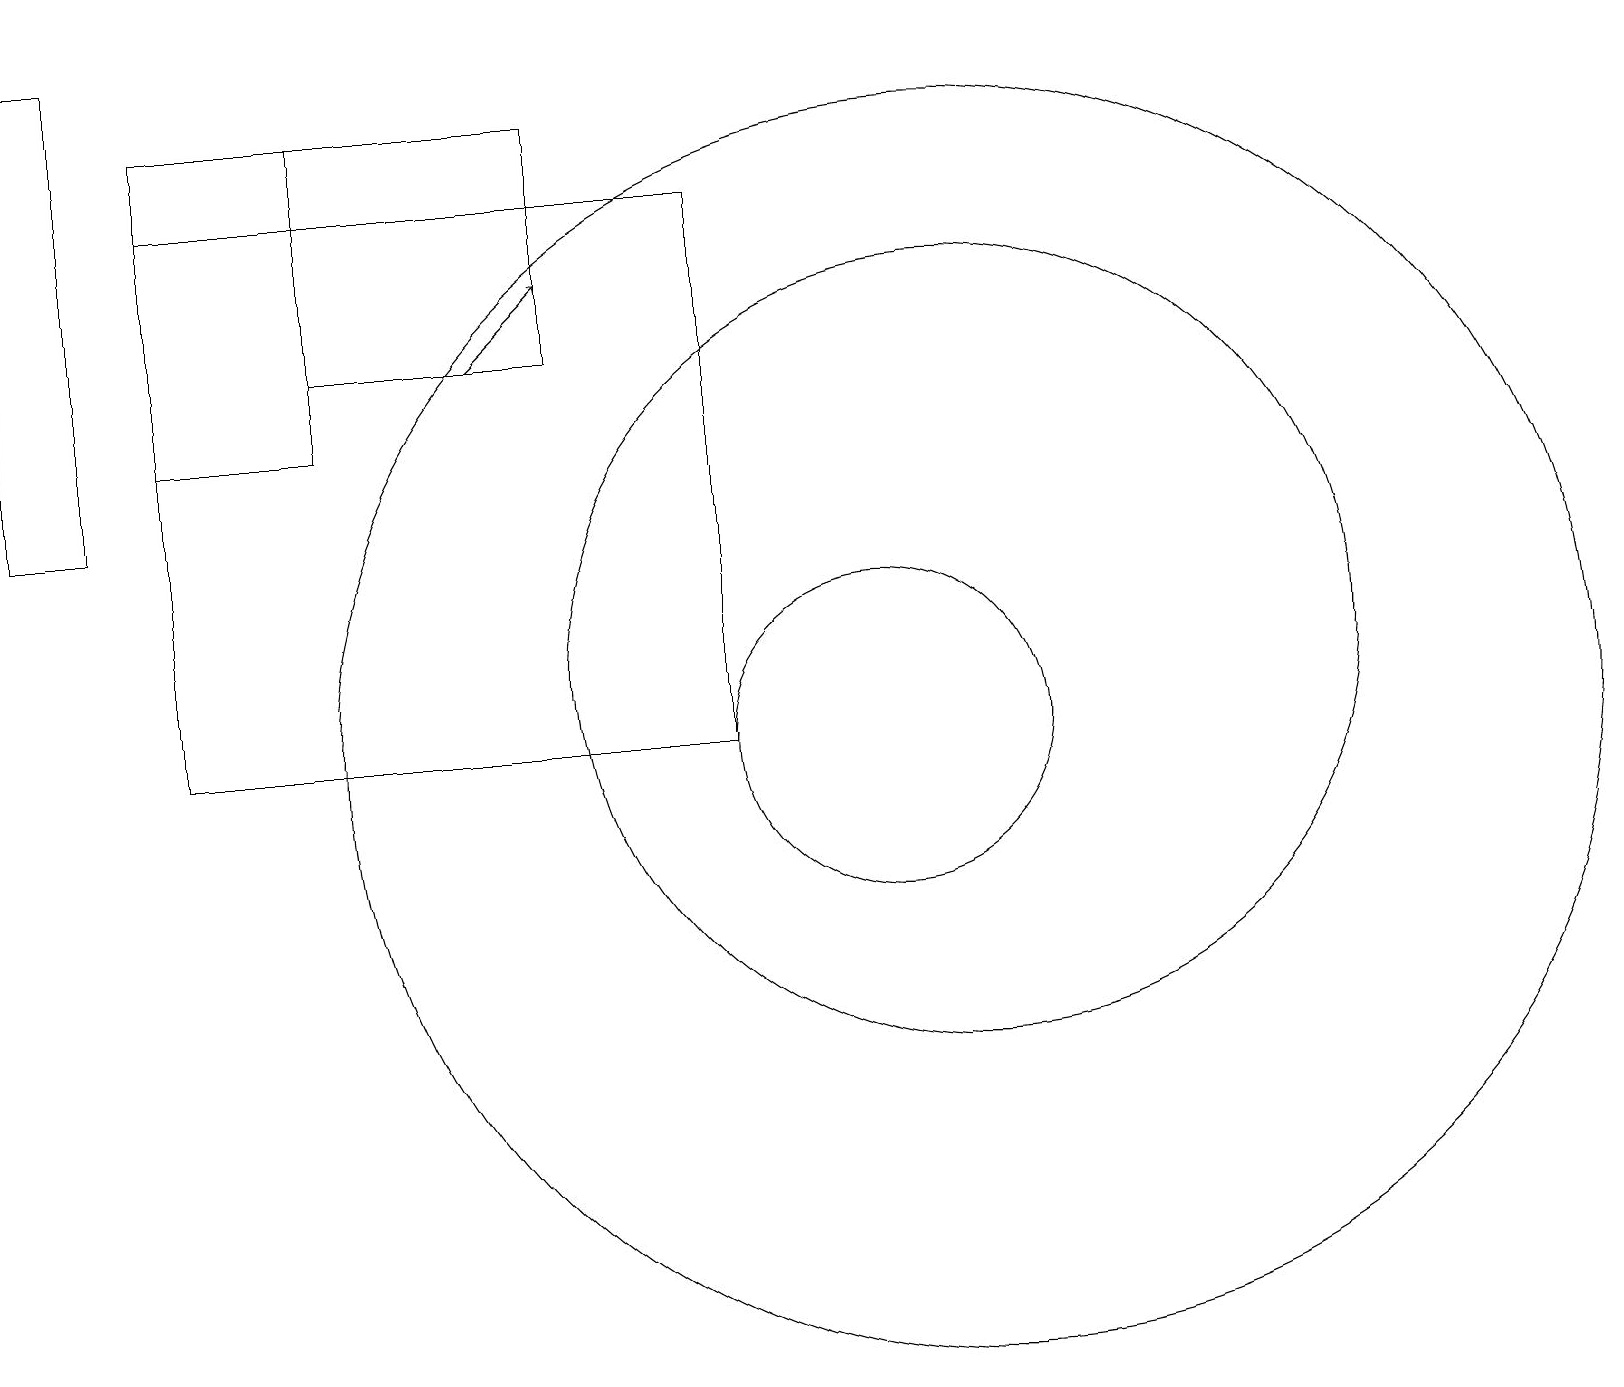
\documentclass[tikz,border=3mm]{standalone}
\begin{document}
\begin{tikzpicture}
\draw (12,11) circle (5);
\draw (2,17) rectangle (9,10);
\draw (4,18) rectangle (7,15);
\draw (4,18) rectangle (2,14);
\draw[->] (6,15) -- (7,16);
\draw (0,13) rectangle (1,19);
\draw (12,10) circle (8);
\draw (11,10) circle (2);
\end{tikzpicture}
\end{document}